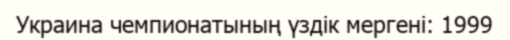
Украина чемпионатының үздік мергені: 1999